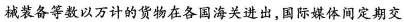
械装备等数以万计的货物在各国海关进出，国际媒体间定期交